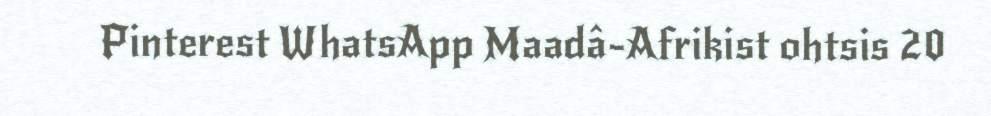
Pinterest WhatsApp Maadâ-Afrikist ohtsis 20